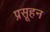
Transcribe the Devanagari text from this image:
प्रसूहन